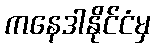
ကနေဒါနိုင်ငံမှ